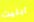
ابليت